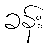
ခန်း